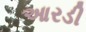
આરડી